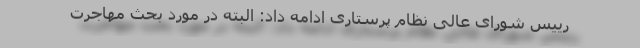
رییس شورای عالی نظام پرستاری ادامه داد: البته در مورد بحث مهاجرت